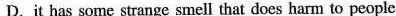
D.it has some strange smell that does harm to people